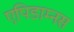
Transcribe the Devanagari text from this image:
एपिडाम्नस